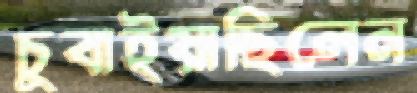
চুবাইয়াছিলেন